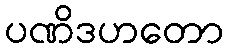
ပဏိဒဟတော